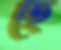
হে